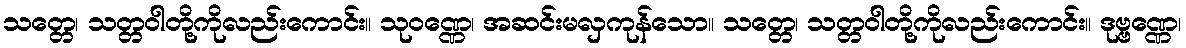
သတ္တေ၊ သတ္တဝါတို့ကိုလည်းကောင်း။ သုဝဏ္ဏေ၊ အဆင်းမလှကုန်သော။ သတ္တေ၊ သတ္တဝါတို့ကိုလည်းကောင်း။ ဒုဗ္ဗဏ္ဏေ၊